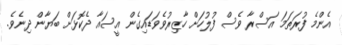
އެންމެ ފުރަތަމަ އަސްރާ ވެސް ފުލުހަށް ހާޒިރުވެވަޑައިގެން އީސައާ ދެކޮޅަށް ބަޔާން ދިނެވެ.